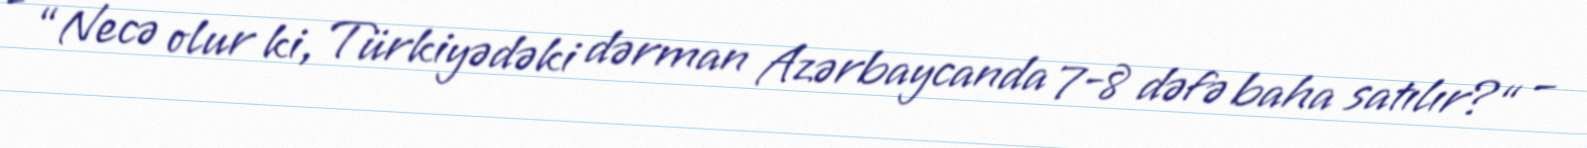
- “Necə olur ki, Türkiyədəki dərman Azərbaycanda 7-8 dəfə baha satılır?“ –